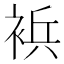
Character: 𰴀